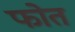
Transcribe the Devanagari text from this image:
फोत